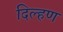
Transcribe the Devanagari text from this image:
दिल्हण